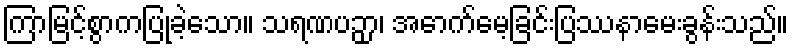
ကြာမြင့်စွာကပြုခဲ့သော။ သရဏပဉှာ၊ အောက်မေ့ခြင်းပြဿနာမေးခွန်းသည်။